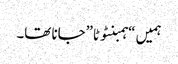
ہمیں “ہمبنٹوٹا”جانا تھا۔